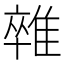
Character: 𨿼